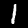
Label: 1